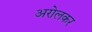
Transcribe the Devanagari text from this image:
अरोलकर